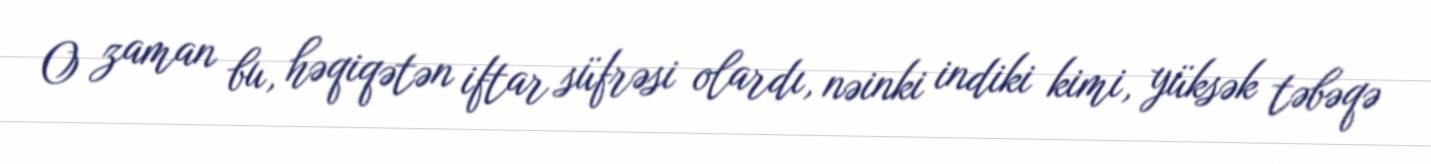
O zaman bu, həqiqətən iftar süfrəsi olardı, nəinki indiki kimi, yüksək təbəqə